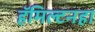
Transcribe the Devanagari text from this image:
हॅमिल्टनहा